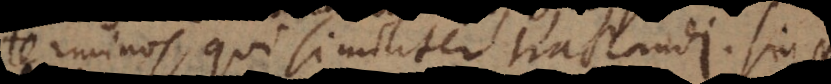
terminos, qui similiter tractandi. Sin C